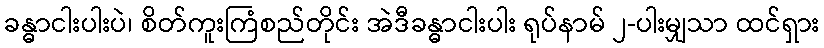
ခန္ဓာငါးပါးပဲ၊ စိတ်ကူးကြံစည်တိုင်း အဲဒီခန္ဓာငါးပါး ရုပ်နာမ် ၂-ပါးမျှသာ ထင်ရှား